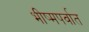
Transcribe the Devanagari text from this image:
भीष्मपर्वात